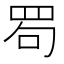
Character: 𦊒